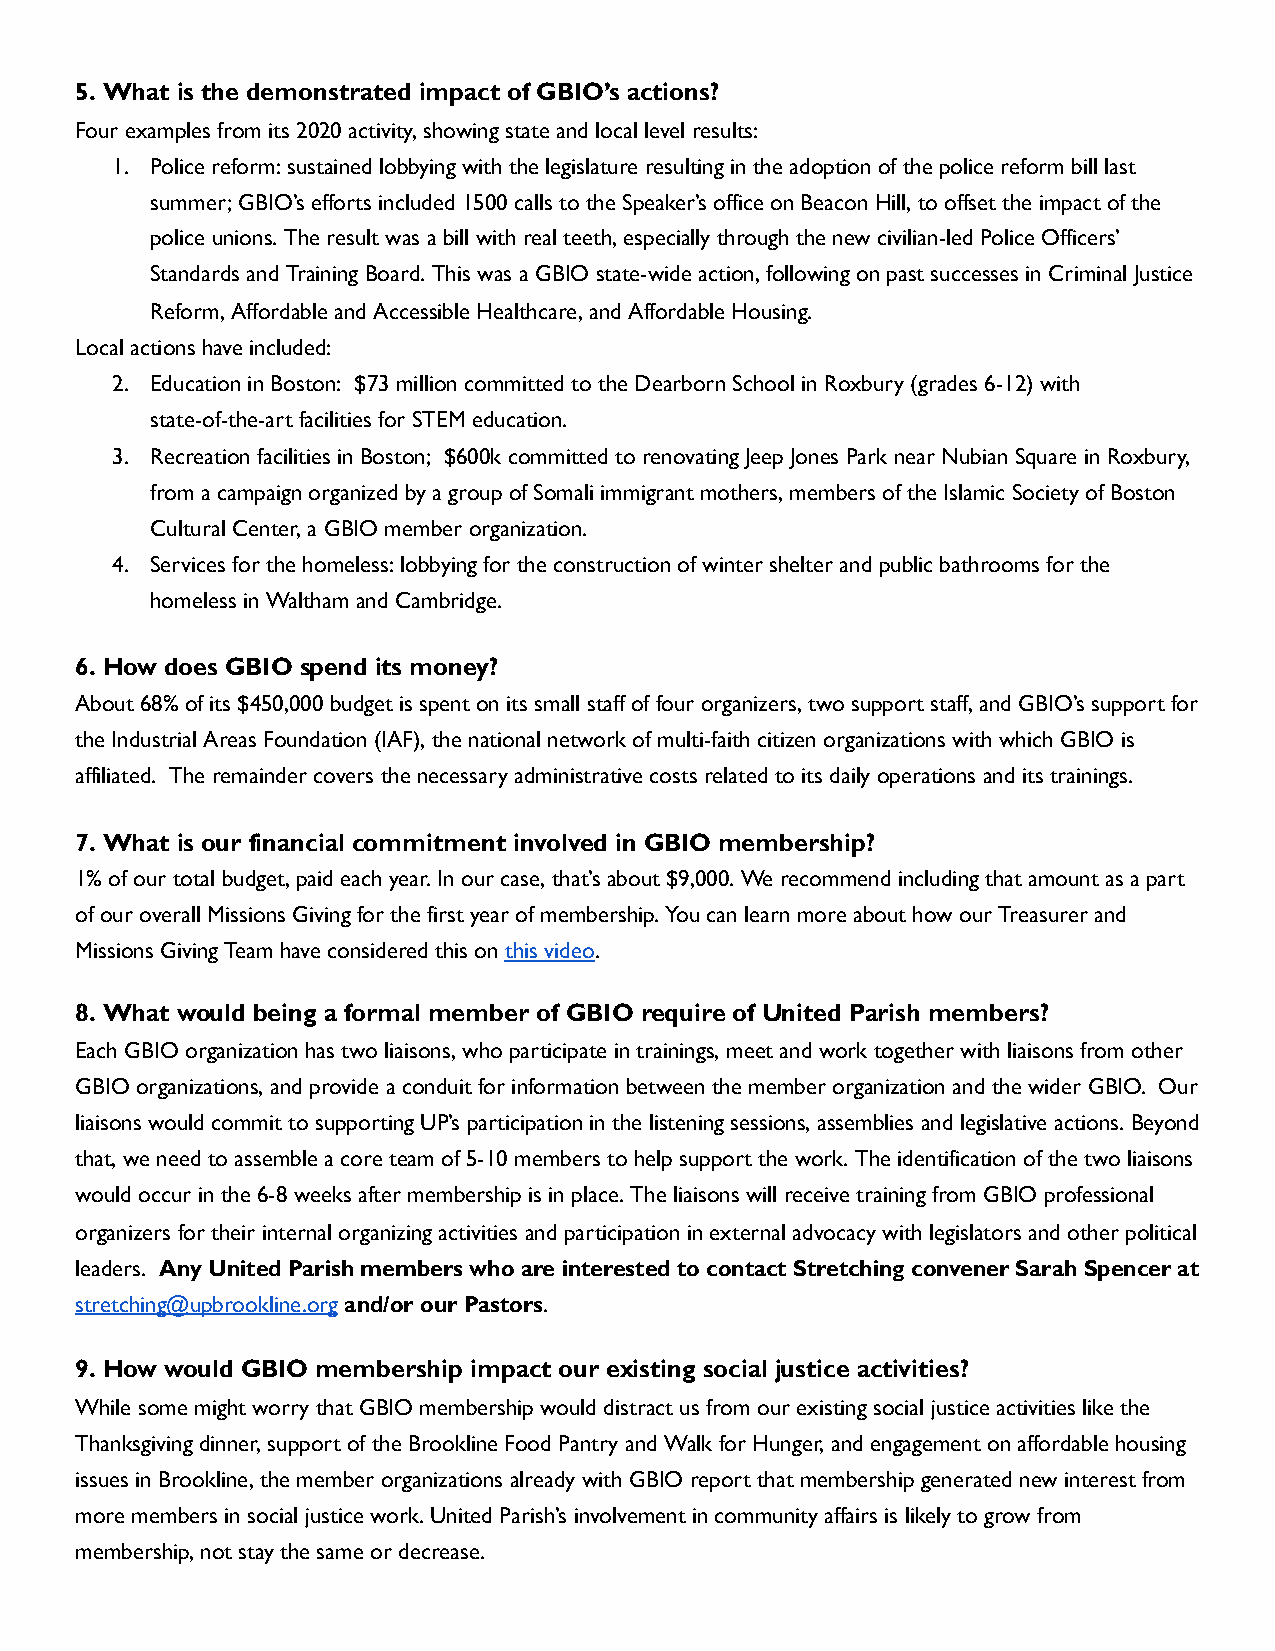
5. What is the demonstrated impact of GBIO’s actions?
 Four examples from its 2020 activity, showing state and local level results:
 1. Police reform: sustained lobbying with the legislature resulting in the adoption of the police reform bill last
 summer; GBIO’s efforts included 1500 calls to the Speaker’s office on Beacon Hill, to offset the impact of the
 police unions. The result was a bill with real teeth, especially through the new civilian-led Police Officers’
 Standards and Training Board. This was a GBIO state-wide action, following on past successes in Criminal Justice
 Reform, Affordable and Accessible Healthcare, and Affordable Housing.
 Local actions have included:
 2. Education in Boston: $73 million committed to the Dearborn School in Roxbury (grades 6-12) with
 state-of-the-art facilities for STEM education.
 3. Recreation facilities in Boston; $600k committed to renovating Jeep Jones Park near Nubian Square in Roxbury,
 from a campaign organized by a group of Somali immigrant mothers, members of the Islamic Society of Boston
 Cultural Center, a GBIO member organization.
 4. Services for the homeless: lobbying for the construction of winter shelter and public bathrooms for the
 homeless in Waltham and Cambridge.
 6. How does GBIO spend its money?
 About 68% of its $450,000 budget is spent on its small staff of four organizers, two support staff, and GBIO’s support for
 the Industrial Areas Foundation (IAF), the national network of multi-faith citizen organizations with which GBIO is
 affiliated. The remainder covers the necessary administrative costs related to its daily operations and its trainings.
 7. What is our financial commitment involved in GBIO membership?
 1% of our total budget, paid each year. In our case, that’s about $9,000. We recommend including that amount as a part
 of our overall Missions Giving for the first year of membership. You can learn more about how our Treasurer and
 Missions Giving Team have considered this on t his video.
 8. What would being a formal member of GBIO require of United Parish members?
 Each GBIO organization has two liaisons, who participate in trainings, meet and work together with liaisons from other
 GBIO organizations, and provide a conduit for information between the member organization and the wider GBIO. Our
 liaisons would commit to supporting UP’s participation in the listening sessions, assemblies and legislative actions. Beyond
 that, we need to assemble a core team of 5-10 members to help support the work. The identification of the two liaisons
 would occur in the 6-8 weeks after membership is in place. The liaisons will receive training from GBIO professional
 organizers for their internal organizing activities and participation in external advocacy with legislators and other political
 leaders. A ny United Parish members who are interested to contact Stretching convener Sarah Spencer at
 stretching@upbrookline.org a nd/or our Pastors.
 9. How would GBIO membership impact our existing social justice activities?
 While some might worry that GBIO membership would distract us from our existing social justice activities like the
 Thanksgiving dinner, support of the Brookline Food Pantry and Walk for Hunger, and engagement on affordable housing
 issues in Brookline, the member organizations already with GBIO report that membership generated new interest from
 more members in social justice work. United Parish’s involvement in community affairs is likely to grow from
 membership, not stay the same or decrease.